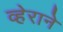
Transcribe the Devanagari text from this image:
व्हेराने